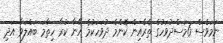
ނަމަވެސް 6މަސްދުވަހުގެ ތެރެއިން ކޮންމެ ދުވަހަކުމެ އޭނާ ކުރާ ހިތާމަ ބައްލަވާ އަދި